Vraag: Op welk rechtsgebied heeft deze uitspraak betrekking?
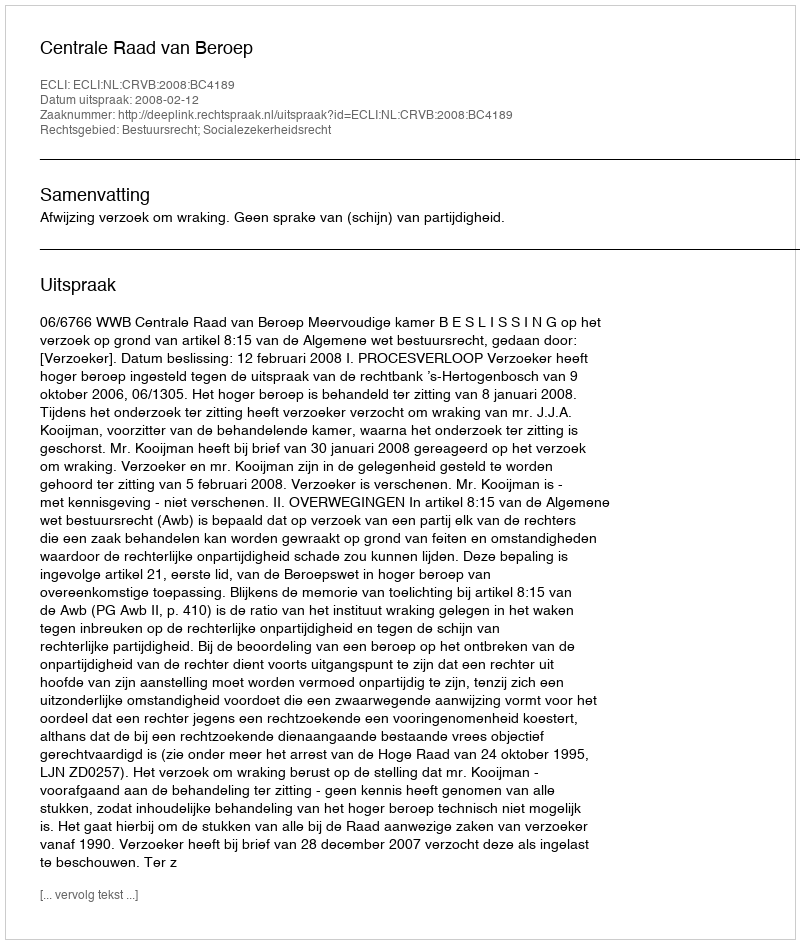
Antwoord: Bestuursrecht; Socialezekerheidsrecht